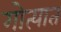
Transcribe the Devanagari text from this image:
गोत्यात